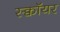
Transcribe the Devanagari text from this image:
स्क्वॉयर